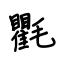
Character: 氍